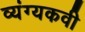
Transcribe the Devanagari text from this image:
व्यंग्यकवी